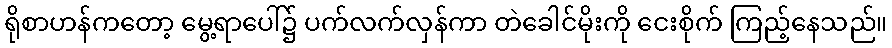
ရိုစာဟန်ကတော့ မွေ့ရာပေါ်၌ ပက်လက်လှန်ကာ တဲခေါင်မိုးကို ငေးစိုက် ကြည့်နေသည်။